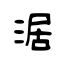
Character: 涺